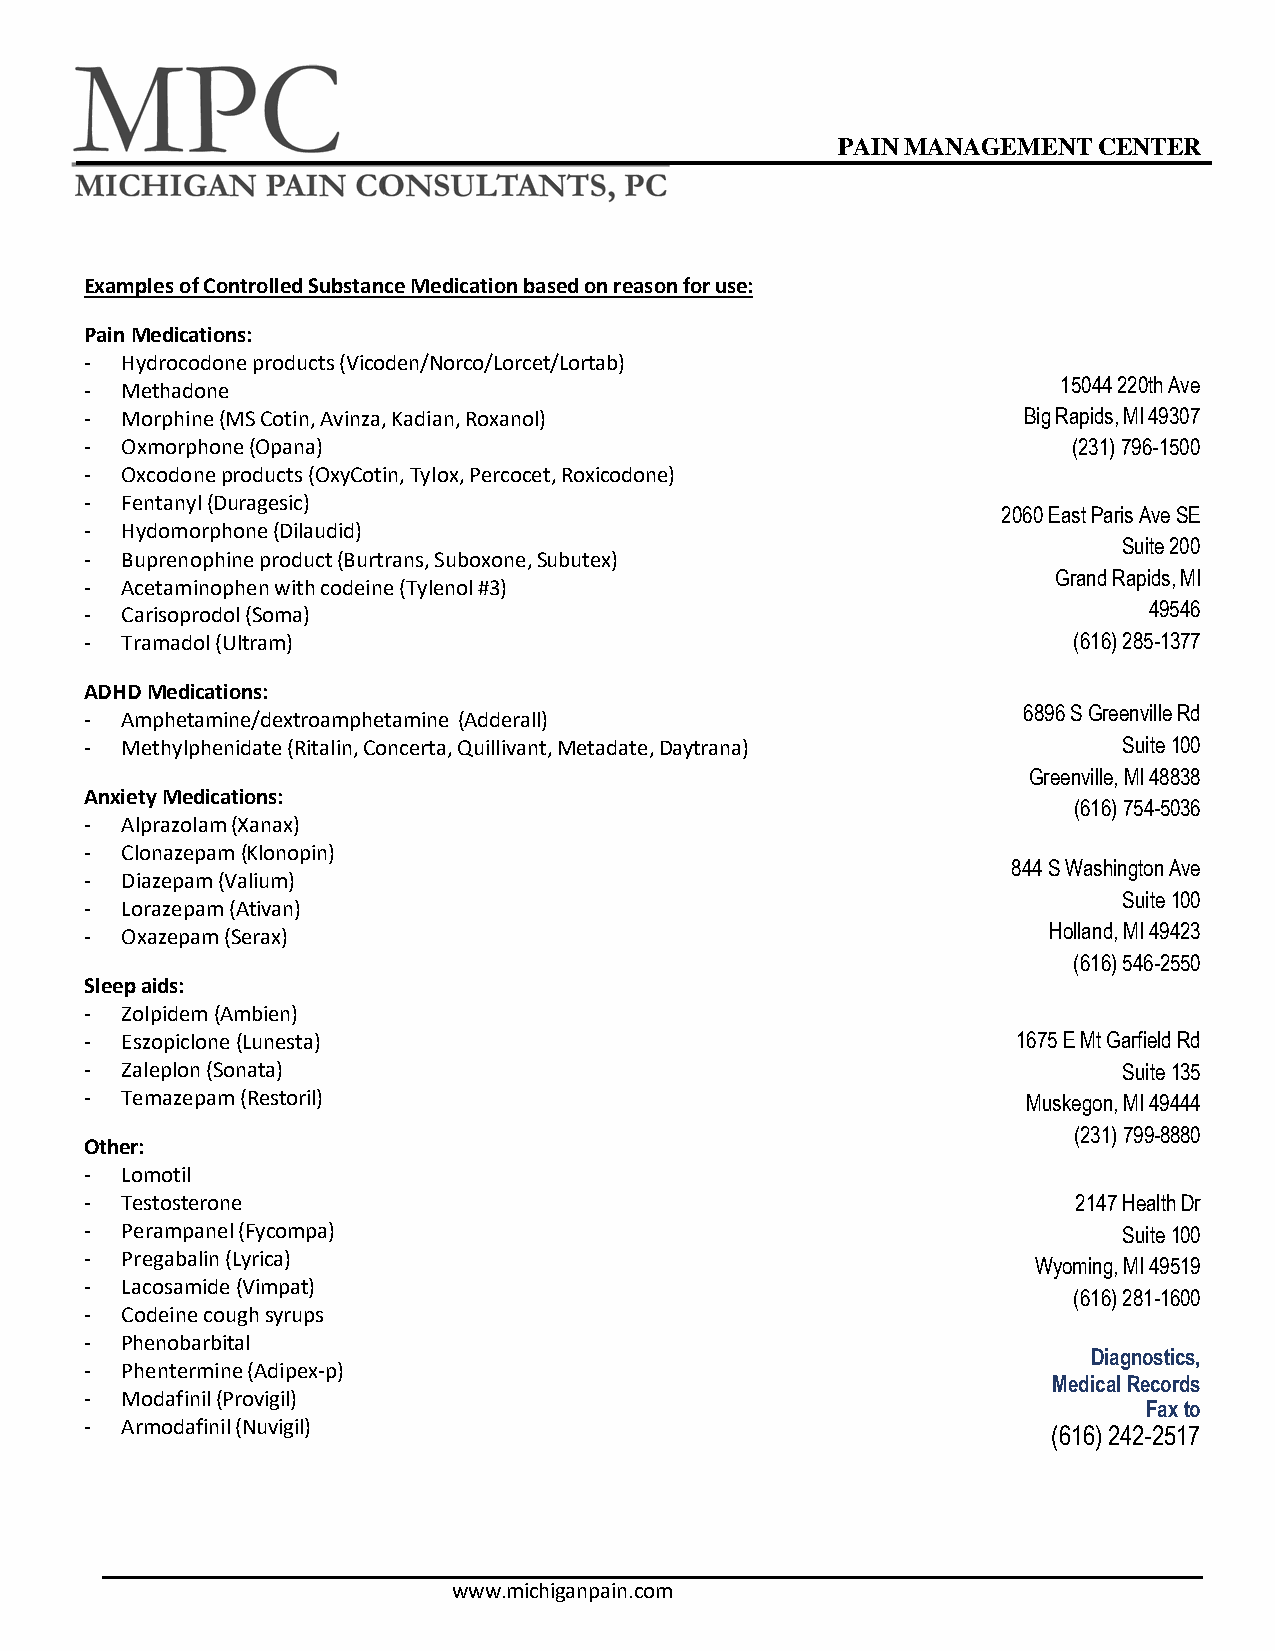
PAIN MANAGEMENT   CENTER
 Examples of Controlled Substance Medication based on reason for use:
 Pain Medications:
 - Hydrocodone products (Vicoden/Norco/Lorcet/Lortab)
 - Methadone
 15044 220th Ave
 - Morphine (MS Cotin, Avinza, Kadian, Roxanol)                Big Rapids, MI 49307
 - Oxmorphone (Opana)                                             (231) 796-1500
 - Oxcodone products (OxyCotin, Tylox, Percocet, Roxicodone)
 - Fentanyl (Duragesic)
 2060 East Paris Ave SE
 - Hydomorphone (Dilaudid)
 Suite 200
 - Buprenophine product (Burtrans, Suboxone, Subutex)
 Grand Rapids, MI
 - Acetaminophen with codeine (Tylenol #3)
 - Carisoprodol (Soma)                                                 49546
 - Tramadol (Ultram)                                              (616) 285-1377
 ADHD Medications:
 - Amphetamine/dextroamphetamine (Adderall)
 6896 S Greenville Rd
 - Methylphenidate (Ritalin, Concerta, Quillivant, Metadate, Daytrana) Suite 100
 Greenville, MI 48838
 Anxiety Medications:
 (616) 754-5036
 - Alprazolam (Xanax)
 - Clonazepam (Klonopin)
 844 S Washington Ave
 - Diazepam (Valium)
 Suite 100
 - Lorazepam (Ativan)
 - Oxazepam (Serax)                                             Holland, MI 49423
 (616) 546-2550
 Sleep aids:
 - Zolpidem (Ambien)
 - Eszopiclone (Lunesta)                                      1675 E Mt Garfield Rd
 - Zaleplon (Sonata)                                                 Suite 135
 - Temazepam (Restoril)                                        Muskegon, MI 49444
 (231) 799-8880
 Other:
 - Lomotil
 - Testosterone                                                   2147 Health Dr
 - Perampanel (Fycompa)                                              Suite 100
 - Pregabalin (Lyrica)
 Wyoming, MI 49519
 - Lacosamide (Vimpat)
 (616) 281-1600
 - Codeine cough syrups
 - Phenobarbital
 Diagnostics,
 - Phentermine (Adipex-p)
 Medical Records
 - Modafinil (Provigil)
 Fax to
 - Armodafinil (Nuvigil)
 (616) 242-2517
 www.michiganpain.com